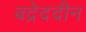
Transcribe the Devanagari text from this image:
बद्रेददीन